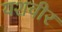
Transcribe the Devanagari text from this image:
यशवीर